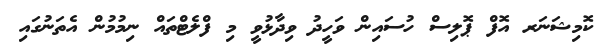
ކޮމިޝަނަރ އޮފް ޕޮލިސް ހުސައިން ވަހީދު ވިދާޅުވީ މި ފްލެޓްތައް ނިމުމުން އެތަނުގައި